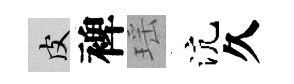
皮裨瑶沆久